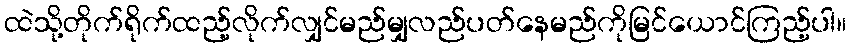
ထဲသို့တိုက်ရိုက်ထည့်လိုက်လျှင်မည်မျှလည်ပတ်နေမည်ကိုမြင်ယောင်ကြည့်ပါ။